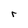
Character: r